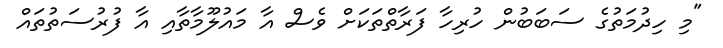
"މި ހިދުމަތުގެ ސަބަބުން ހުރިހާ ފަރާތްތަކަށް ވެސް އާ މައުލޫމާތާއި އާ ފުރުސަތުތައް